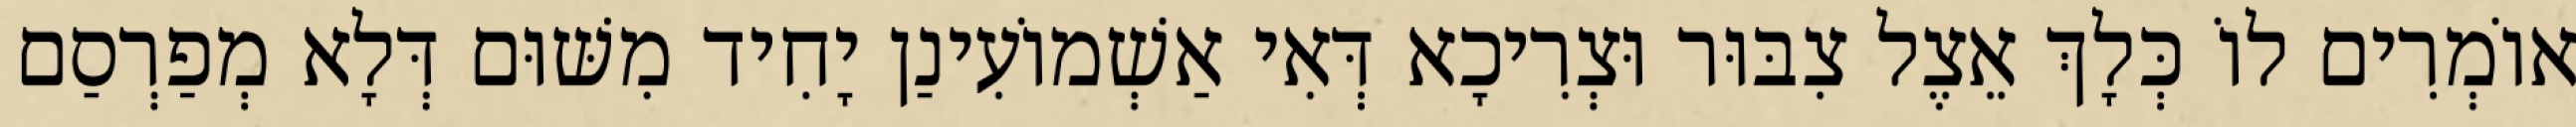
אוֹמְרִים לוֹ כְּלָךְ אֵצֶל צִבּוּר וּצְרִיכָא דְּאִי אַשְׁמוֹעִינַן יָחִיד מִשּׁוּם דְּלָא מְפַרְסַם